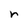
Character: r